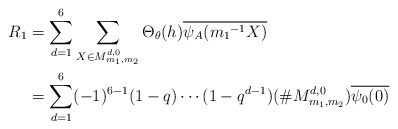
\begin{align*} R_1&=\sum_{d=1}^{6}\sum_{ X \in M_{m_{1},m_{2}}^{ d,0}}\Theta_{\theta}(h)\overline{\psi_A({m_1}^{-1}X)}\\&= \sum_{d=1}^{6}(-1)^{6-1}(1-q) \cdots (1-q^{d-1})(\# M_{m_{1},m_{2}}^{ d,0})\overline{\psi_0(0)} \end{align*}